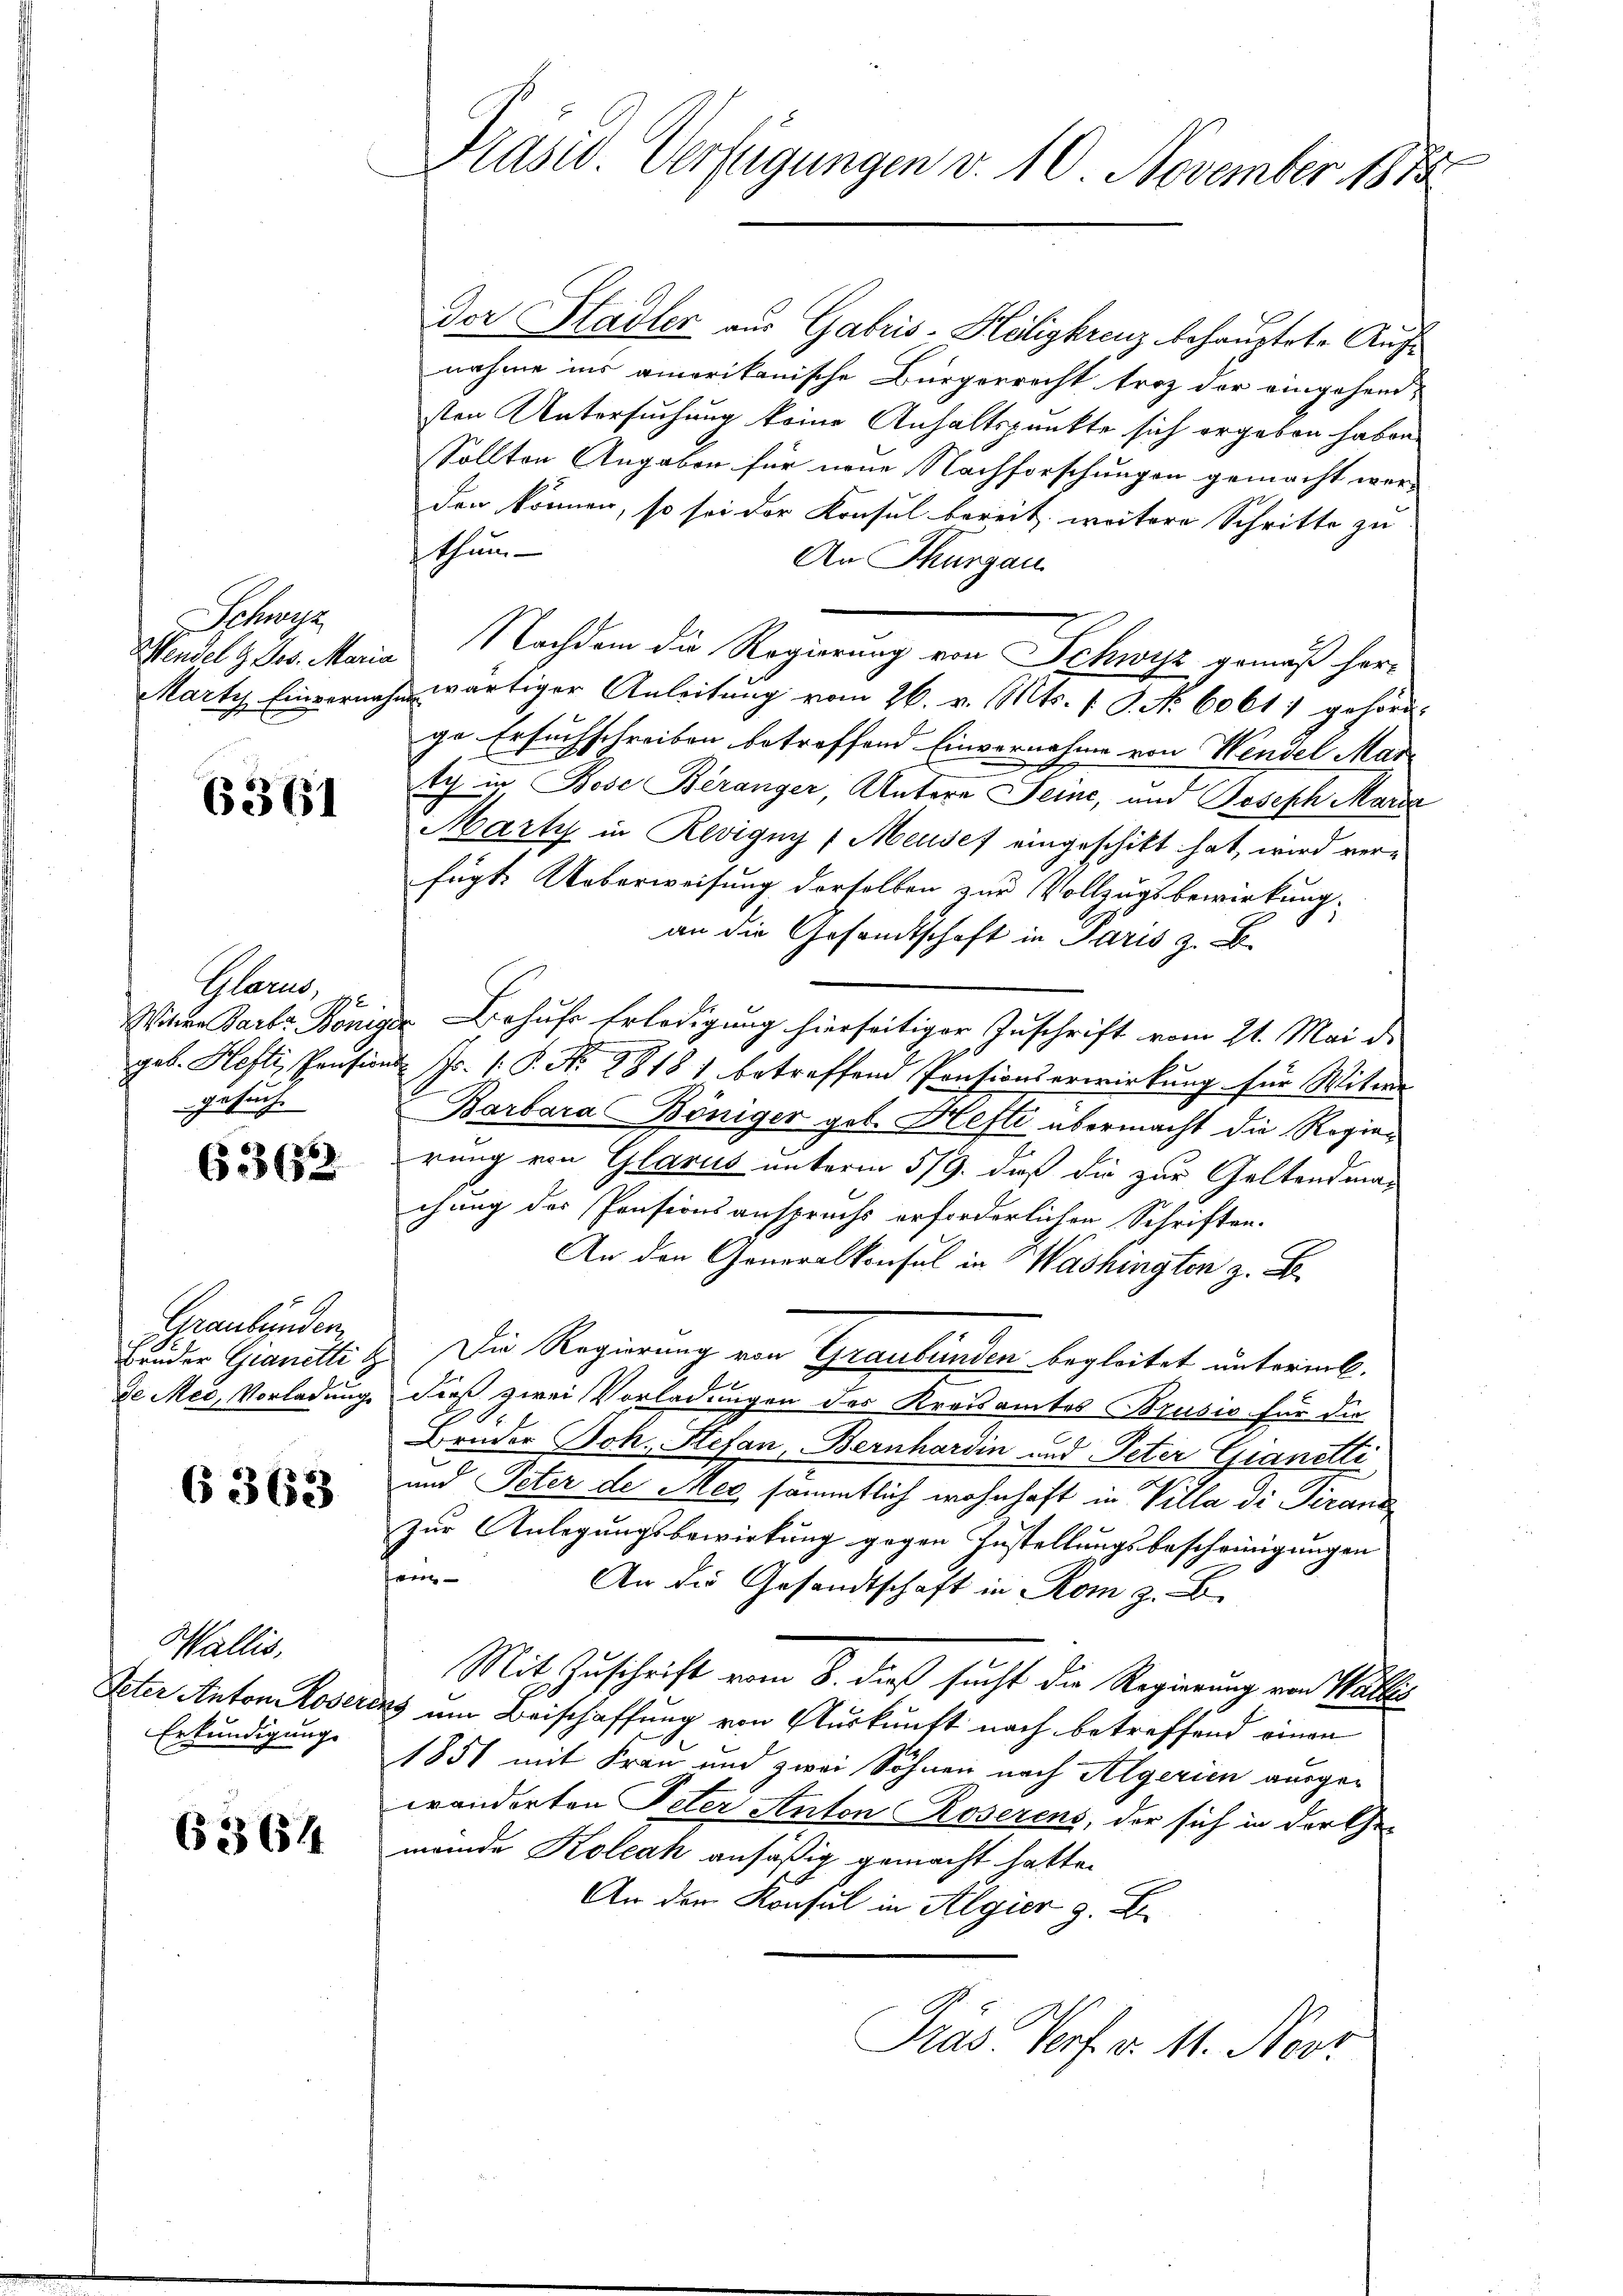
Schuss

6361

Glarus, v
gesuch

6362

Graubünden

6363

Wallis.
Peter Anton Roser
Erkundigung.

6364

Präsid. Verfügungen v. 10 November 1883.

Der Stadler aus Gabris-Höligkreuz behauptete Aufnahme ins amerikanische Bürgerrecht troz der eingehend-
sten Untersuchung keine Anhaltspunkte sich ergeben haben.
Sollten Angaben für neue Nachforschungen gemacht werden können, so sei der Konsul bereit weitere Schritte zu
thum
An Thurgau
Mandel 3 Se. Maria Nachdem die Regierung von Schwyz gemäß her¬
Marty Einvernahm wärtiger Anleitŭng vom 26. v. Mts. 1 S. No 6061) gehörd-
ge Ersuchschreiben betreffend Einvernahme von Hindel Mar
tich in Bose Beranger, Untere Seine, und Joseph Maria
Marty in Revigny (Meusef eingeschikt hat, wird verfügt. Ueberweisung derselben zur Vollzugsbewirkung.
an die Gesandtschaft in Paris z.
Wittwe Barbe Königer Behufs Erledigung hierseitiger Zuschrift vom 21. Mai d.
geb. Hefti, Pension fr. (: P. Nr. 28181 betreffend Pensionserwirkŭng für Witwe
Barbara Böniger got. Hefte übermacht die Regierung von Glarus unterm 5/9. daß die zur Geltendman
chung des Pensionsanspruchs erforderlichen Schriften.
An den Generalkonsul in Washingten z. B
Bruder Gianetti & Die Regierung von Graubünden begleitet unterint.
de Mei, Vorladung dieß zwei Vorladungen des Kreisamtes Brusio für die
Bruder Joh. Stefan Bernhardin und Peter Gianetti
und Peter de Mec sämmtlich wohnhaft in Villa di Tierand
zur Anlegungsbewirkung gegen Zustellungsbescheinigungen
ver
An die Gesandtschaft in Rom z. B.
Mit Zuschrift vom 8. dieß sucht die Regierung von Wallis
ring um Beischaffung von Auskunft nach betreffend einen
1851 mit Frau und zwei Söhnen nach Algerien ausge-
wänderten Peter Anton Roserens, der sich in der Ehe-
meinde Koleak ansäßig gemacht hatte.
An der Konsul in Algier g. E
Pras Verf. v. 11. Nerz